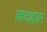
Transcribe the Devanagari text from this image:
कदहार